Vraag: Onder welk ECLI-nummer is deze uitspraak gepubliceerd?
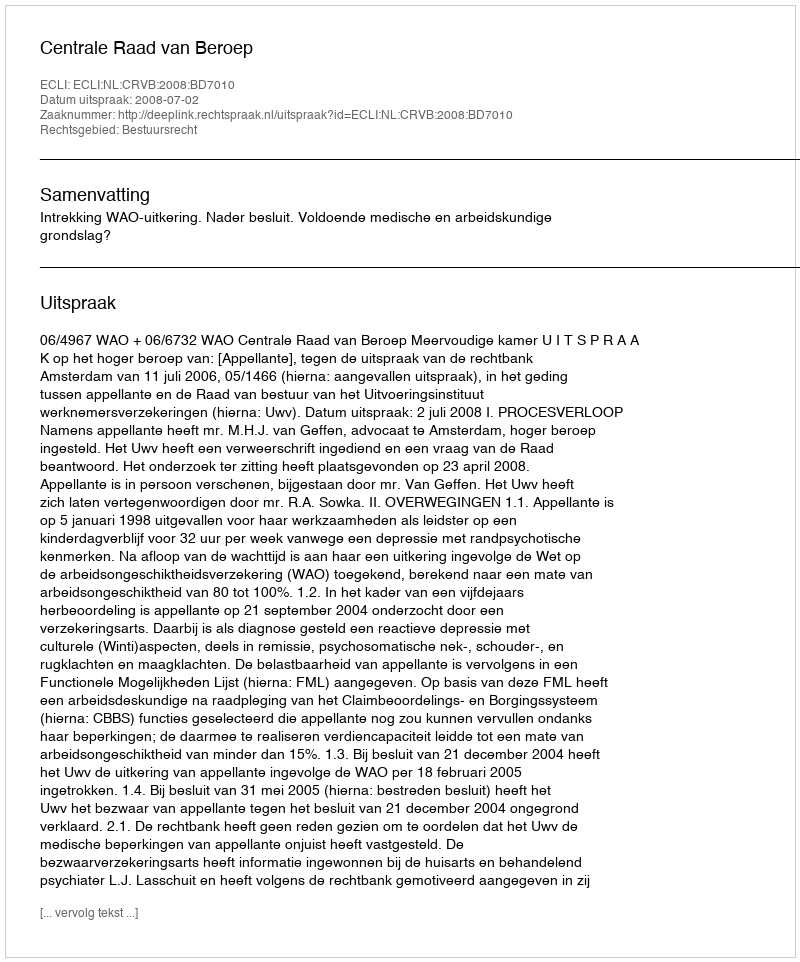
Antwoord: ECLI:NL:CRVB:2008:BD7010